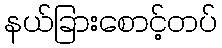
နယ်ခြားစောင့်တပ်